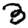
Digit: 3